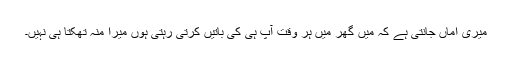
میری اماں جانتی ہے کہ میں گھر میں ہر وقت آپ ہی کی باتیں کرتی رہتی ہوں میرا منہ تھکتا ہی نہیں۔